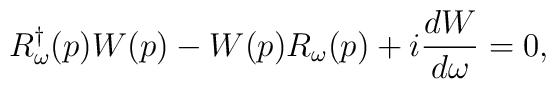
R_{\omega }^{\dagger }(p)W(p)-W(p)R_{\omega }(p)+i\frac{dW}{d\omega }=0,